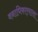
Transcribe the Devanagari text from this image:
वनाधिकार्‍याला